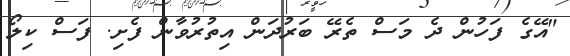
"އޭގެ ފަހުން ދެ މަސް ތެރޭ ބަރުދަން އިތުރުވާން ފެށި. ފަސް ކިލޯ